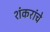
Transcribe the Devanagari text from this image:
शंकरांचे